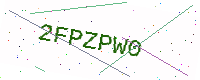
Text: 2FPZPW0